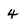
Character: 4